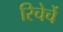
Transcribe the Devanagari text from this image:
रिचेर्चे